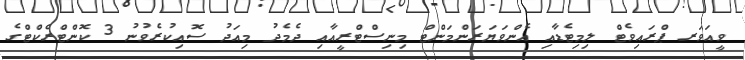
ވީއަވަރ ޕްރައިވެޓް ލިމިޓެޑާއި އެންވަޔަރަންމަންޓް މިނިސްޓްރީއާއި ދެމެދު މިއަދު ސޮއިކުރެވުނު 3 ކޮންޓްރެކްޓްގެ